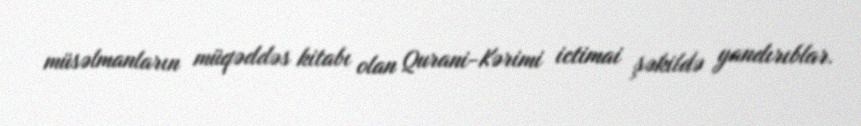
müsəlmanların müqəddəs kitabı olan Qurani-Kərimi ictimai şəkildə yandırıblar.